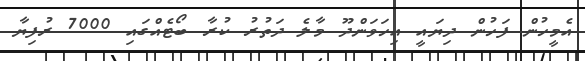
އެމީހުން ފަހުން ދިޔައީ އިހަވަންދޫ މާލެ ދަތުރު ކުރާ ބޯޓެއްގައި 7000 ރުފިޔާ